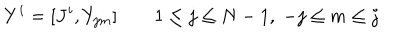
LaTeX: Y ^ { i } = [ J ^ { i } , Y _ { j m } ] \qquad 1 \le j \le N - 1 , \; - j \le m \le j